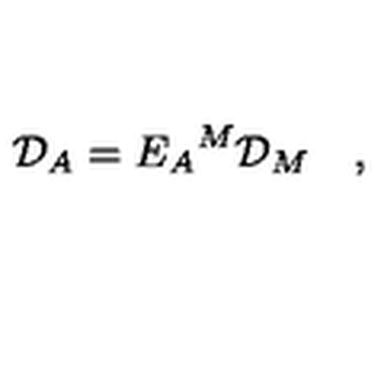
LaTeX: { \cal D } _ { A } = E _ { A } { } ^ { M } { \cal D } _ { M } \quad ,